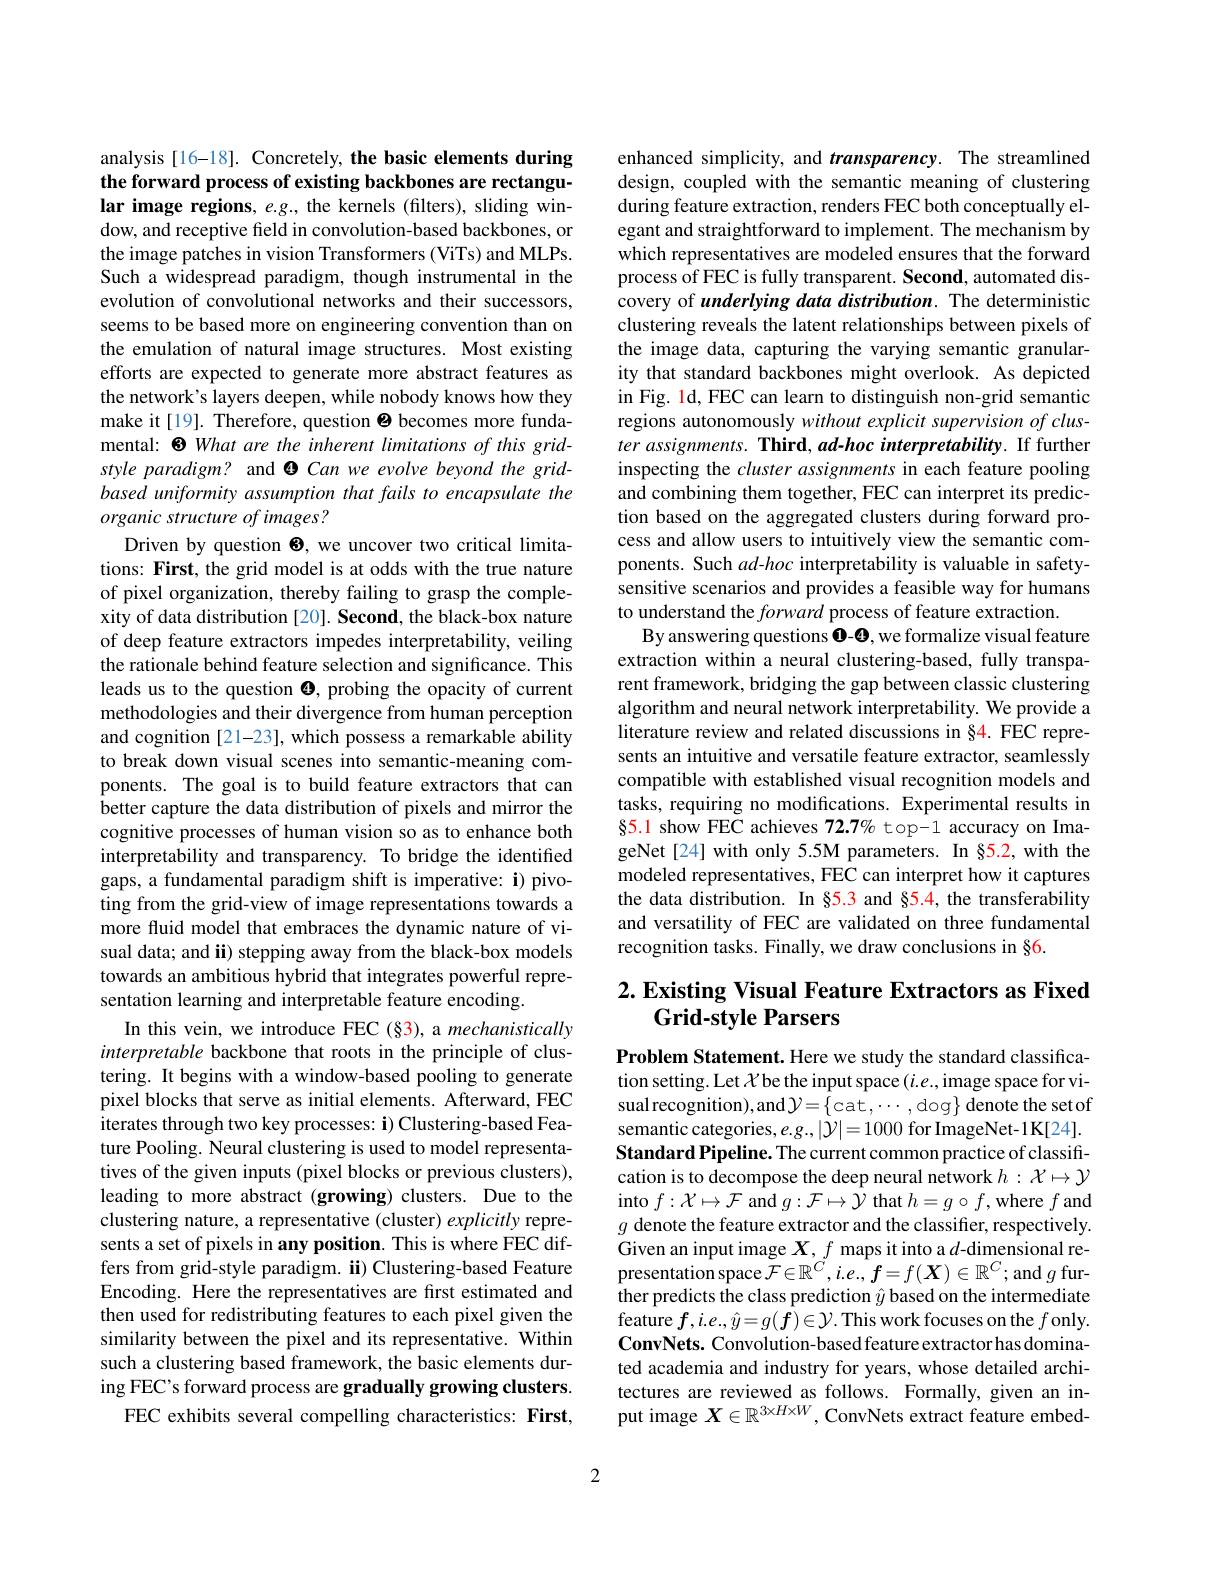
## analysis [16-18]. Concretely, the basic elements during the forward process of existing backbones are rectangular image regions, $e.g.$, the kernels (filters), sliding win-

dow, and receptive field in convolution-based backbones, or the image patches in vision Transformers (ViTs) and MLPs. Such a widespread paradigm, though instrumental in the evolution of convolutional networks and their successors, seems to be based more on engineering convention than on the emulation of natural image structures. Most existing efforts are expected to generate more abstract features as the network's layers deepen, while nobody knows how they make it[19]. Therefore, question $\Theta$ becomes more fundamental: 8 What are the inherent limitations of this gridstyle paradigm? and O Can we evolve beyond the gridbased uniformity assumption that fails to encapsulate the organic structure of images?
Driven by question 8, we uncover two critical limitations: First, the grid model is at odds with the true nature of pixel organization, thereby failing to grasp the complexity of data distribution [20]. Second, the black-box nature of deep feature extractors impedes interpretability, veiling the rationale behind feature selection and significance. This leads us to the question $\Theta$, probing the opacity of current methodologies and their divergence from human perception and cognition [21-23], which possess a remarkable ability to break down visual scenes into semantic-meaning components. The goal is to build feature extractors that can better capture the data distribution of pixels and mirror the cognitive processes of human vision so as to enhance both interpretability and transparency. To bridge the identified gaps, a fundamental paradigm shift is imperative: i) pivoting from the grid-view of image representations towards a more fluid model that embraces the dynamic nature of visual data; and ii) stepping away from the black-box models towards an ambitious hybrid that integrates powerful representation learning and interpretable feature encoding.
In this vein, we introduce FEC (§3), a mechanistically interpretable backbone that roots in the principle of clustering. It begins with a window-based pooling to generate pixel blocks that serve as initial elements. Afterward, FEC iterates through two key processes: i) Clustering-based Feature Pooling. Neural clustering is used to model representatives of the given inputs (pixel blocks or previous clusters), leading to more abstract (growing) clusters. Due to the clustering nature, a representative (cluster) explicitly represents a set of pixels in any position. This is where FEC differs from grid-style paradigm. ii) Clustering-based Feature Encoding. Here the representatives are first estimated and then used for redistributing features to each pixel given the similarity between the pixel and its representative. Within such a clustering based framework, the basic elements during FEC's forward process are gradually growing clusters.
FEC exhibits several compelling characteristics: First,

enhanced simplicity, and transparency. The streamlined design, coupled with the semantic meaning of clustering $\tilde{\text{during feature extraction, renders FEC both conceptually el-}}$ egant and straightforward to implement. The mechanism by which representatives are modeled ensures that the forward process of FEC is fully transparent. Second, automated discovery of underlying data distribution. The deterministic clustering reveals the latent relationships between pixels of the image data, capturing the varying semantic granularity that standard backbones might overlook. As depicted in Fig. 1d, FEC can learn to distinguish non-grid semantic regions autonomously without explicit supervision of cluster assignments. Third, ad-hoc interpretability. If further inspecting the cluster assignments in each feature pooling and combining them together, FEC can interpret its prediction based on the aggregated clusters during forward process and allow users to intuitively view the semantic components. Such ad-hoc interpretability is valuable in safetysensitive scenarios and provides a feasible way for humans to understand the forward process of feature extraction.
By answering questions 0-9, we formalize visual feature extraction within a neural clustering-based, fully transparent framework, bridging the gap between classic clustering algorithm and neural network interpretability. We provide a literature review and related discussions in $\hat{\$}4.$ FEC represents an intuitive and versatile feature extractor, seamlessly compatible with established visual recognition models and tasks, requiring no modifications. Experimental results in $\S5.1$ show FEC achieves 72.7% top-1 accuracy on ImageNet[24] with only 5.5M parameters. In §5.2, with the modeled representatives, FEC can interpret how it captures the data distribution. In §5.3 and §5.4, the transferability and versatility of FEC are validated on three fundamental recognition tasks. Finally, we draw conclusions in §6.

## $2. \textbf{ Existing Visual Feature Extractors as Fixed}$ Grid-style Parsers

Problem Statement. Here we study the standard classification setting. Let $\mathcal{X}$be the input space $(i.e.$,image space for vi- $\begin{array}{l}{\mathrm{sual~recognition),and}\mathcal{Y}=\{\mathrm{cat},\cdots,\mathrm{dog}\}\mathrm{~denote~the~set~of}}\\{\mathrm{semantic~categories,e.g.,|\mathcal{Y}|=1000\mathrm{~for~ImageNet-1K[24].}}}\end{array}$ Standard Pipeline. The current common practice of classification is to decompose the deep neural network $h:\mathcal{X}\mapsto\mathcal{Y}$ into $f:\mathcal{X}\mapsto\mathcal{F}$ and $g:\mathcal{F}\mapsto\mathcal{Y}$ that $h=g\circ f$,where $f$ and $g$ denote the feature extractor and the classifier, respectively. Given an input image $\boldsymbol X,f$ maps it into a $d$-dimensional re- $\hat{\text{presentation space}\mathcal{F}}\in\mathbb{R}^{\bar{C}},i.e.,\hat{\boldsymbol{f}}=f(\boldsymbol{X})\in\mathbb{R}^{C};$and $g$ further predicts the class prediction $\hat{y}$ based on the intermediate feature $f,i.e.,\hat{y}=g(\boldsymbol{f})\in\mathcal{Y}.$ This work focuses on the $f$ only. ConvNets. Convolution-based feature extractor has dominated academia and industry for years, whose detailed architectures are reviewed as follows. Formally, given an input image $X\in\mathbb{R}^{3\times H\times W}$, ConvNets extract feature embed-

2